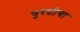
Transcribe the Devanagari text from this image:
चुरशीचा